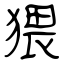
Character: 猥